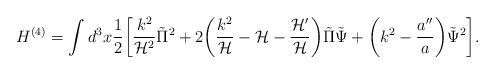
LaTeX: \begin{align*}H^{(4)} = \int d^3 x \frac{1}{2} \biggl[ \frac{k^2}{{\cal H}^2} \tilde{\Pi}^2 + 2 \biggl( \frac{k^2}{\cal H} - {\cal H} - \frac{{\cal H}'}{{\cal H}} \biggr) \tilde{\Pi} \tilde{\Psi}+ \biggl(k^2 - \frac{a''}{a}\biggr) \tilde{\Psi}^2 \biggr].\end{align*}